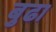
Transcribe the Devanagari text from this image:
बुढा